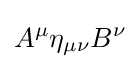
A^{\mu }\eta _{\mu \nu }B^{\nu }